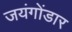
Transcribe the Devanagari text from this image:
जयंगोंडार